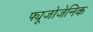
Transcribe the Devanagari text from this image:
फ्यूजोजेनिक